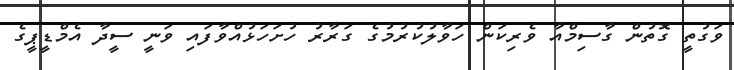
ވަގުތީ ގޮތުން ގާސިމްއާ ވެރިކަން ހަވާލުކުރުމުގެ ގަރާރު ހުށަހަޅުއްވާފައި ވަނީ ސީދާ އެމްޑީޕީގެ